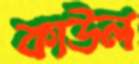
কাউল